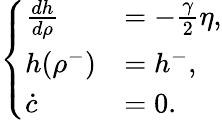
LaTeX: \begin{array}{r}{\left\{ \begin{array}{ll}{\frac{dh}{d\rho}}&{=-\frac{\gamma}{2}\eta,}\\ {h(\rho^{-})}&{=h^{-},}\\ {\dot{c}}&{=0.}\end{array}\right.}\end{array}